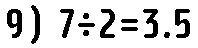
9) 7÷2=3.5